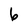
Character: 6